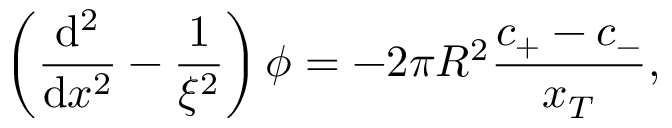
\left( \frac { \mathrm { d } ^ { 2 } } { \mathrm { d } x ^ { 2 } } - \frac { 1 } { \xi ^ { 2 } } \right) \phi = - 2 \pi R ^ { 2 } \frac { c _ { + } - c _ { - } } { x _ { T } } ,